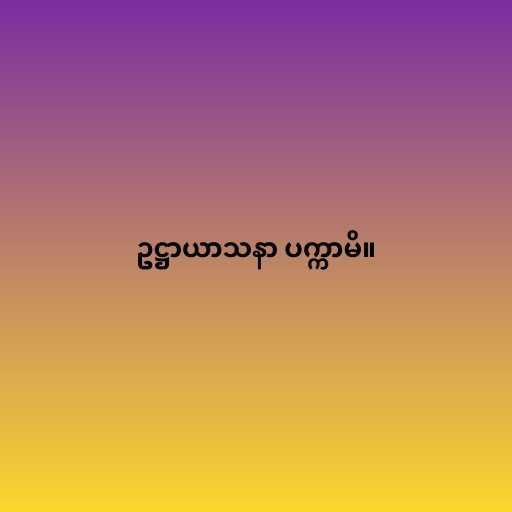
ဥဋ္ဌာယာသနာ ပက္ကာမိ။